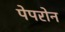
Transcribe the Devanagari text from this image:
पेपरोन